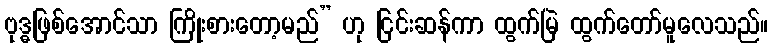
ဗုဒ္ဓဖြစ်အောင်သာ ကြိုးစားတော့မည်” ဟု ငြင်းဆန်ကာ ထွက်မြဲ ထွက်တော်မူလေသည်။